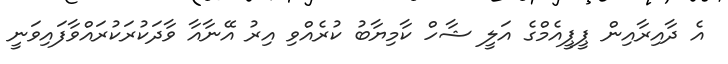
އެ ދާއިރާއިން ޕީޕީއެމްގެ އަލީ ޝާހް ކާމިޔާބު ކުރެއްވި އިރު އޭނާއާ ވާދަކުރަކުރައްވާފައިވަނީ